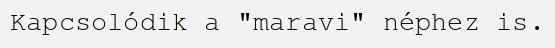
Kapcsolódik a "maravi" néphez is.